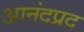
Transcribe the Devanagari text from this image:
आनंदप्रद